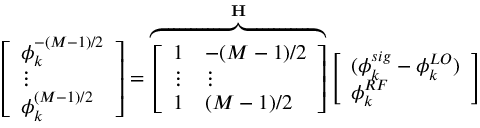
\left[ \begin{array} { l } { \phi _ { k } ^ { - ( M - 1 ) / 2 } } \\ { \vdots } \\ { \phi _ { k } ^ { ( M - 1 ) / 2 } } \end{array} \right] = \overbrace { \left[ \begin{array} { l l } { 1 } & { - ( M - 1 ) / 2 } \\ { \vdots } & { \vdots } \\ { 1 } & { ( M - 1 ) / 2 } \end{array} \right] } ^ { \mathbf { H } } \left[ \begin{array} { l } { ( \phi _ { k } ^ { s i g } - \phi _ { k } ^ { L O } ) } \\ { \phi _ { k } ^ { R F } } \end{array} \right]